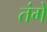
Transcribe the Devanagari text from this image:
तंगे